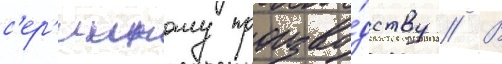
с'ер'ииному произво́дству // В